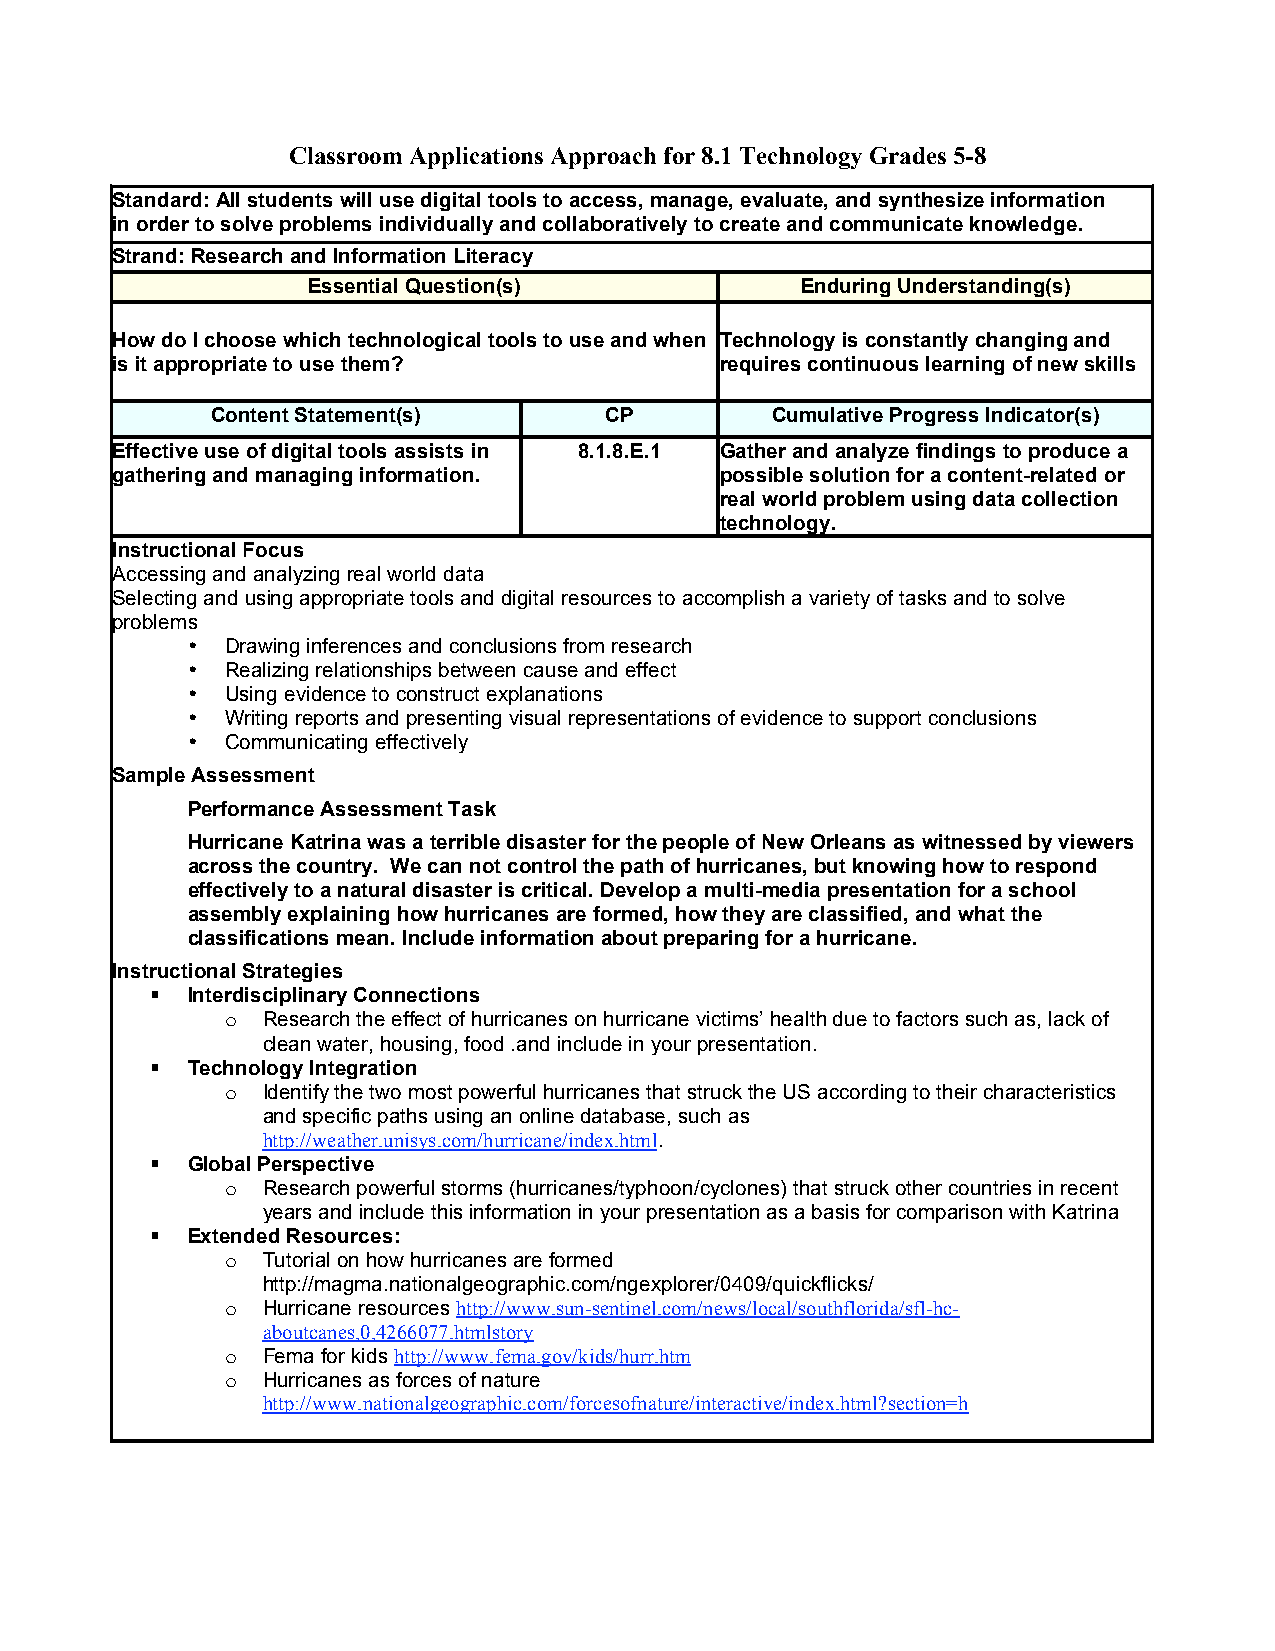
Classroom Applications Approach for 8.1 Technology Grades 5-8
 Standard: All students will use digital tools to access, manage, evaluate, and synthesize information
 in order to solve problems individually and collaboratively to create and communicate knowledge.
 Strand: Research and Information Literacy
 Essential Question(s)            Enduring Understanding(s)
 How do I choose which technological tools to use and when Technology is constantly changing and
 is it appropriate to use them?           requires continuous learning of new skills
 Content Statement(s)      CP         Cumulative Progress Indicator(s)
 Effective use of digital tools assists in 8.1.8.E.1 Gather and analyze findings to produce a
 gathering and managing information.      possible solution for a content-related or
 real world problem using data collection
 technology.
 Instructional Focus
 Accessing and analyzing real world data
 Selecting and using appropriate tools and digital resources to accomplish a variety of tasks and to solve
 problems
 •  Drawing inferences and conclusions from research
 •  Realizing relationships between cause and effect
 •  Using evidence to construct explanations
 •  Writing reports and presenting visual representations of evidence to support conclusions
 •  Communicating effectively
 Sample Assessment
 Performance Assessment Task
 Hurricane Katrina was a terrible disaster for the people of New Orleans as witnessed by viewers
 across the country. We can not control the path of hurricanes, but knowing how to respond
 effectively to a natural disaster is critical. Develop a multi-media presentation for a school
 assembly explaining how hurricanes are formed, how they are classified, and what the
 classifications mean. Include information about preparing for a hurricane.
 Instructional Strategies
  Interdisciplinary Connections
 o Research the effect of hurricanes on hurricane victims’ health due to factors such as, lack of
 clean water, housing, food .and include in your presentation.
  Technology Integration
 o Identify the two most powerful hurricanes that struck the US according to their characteristics
 and specific paths using an online database, such as
 http://weather.unisys.com/hurricane/index.html.
  Global Perspective
 o Research powerful storms (hurricanes/typhoon/cyclones) that struck other countries in recent
 years and include this information in your presentation as a basis for comparison with Katrina
  Extended Resources:
 o Tutorial on how hurricanes are formed
 http://magma.nationalgeographic.com/ngexplorer/0409/quickflicks/
 o Hurricane resources http://www.sun-sentinel.com/news/local/southflorida/sfl-hc-
 aboutcanes,0,4266077.htmlstory
 o Fema for kids http://www.fema.gov/kids/hurr.htm
 o Hurricanes as forces of nature
 http://www.nationalgeographic.com/forcesofnature/interactive/index.html?section=h